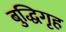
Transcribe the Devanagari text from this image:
बुद्धिगृह